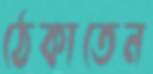
ঠেকাতেন